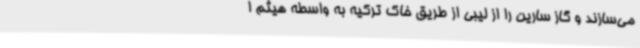
می‌سازند و گاز سارین را از لیبی از طریق خاک ترکیه به واسطه هیثم ا